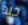
جيد